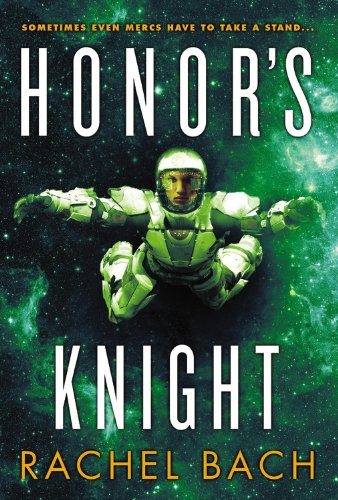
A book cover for Honor's Knight (Paradox); Rachel Bach; Romance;